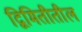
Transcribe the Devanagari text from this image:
द्विमितीतील